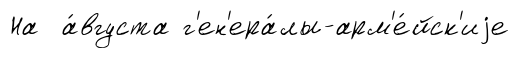
На а́вгуста г'ен'ера́лы-арм'е́йск'иjе